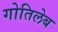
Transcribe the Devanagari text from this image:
गोतिलेब